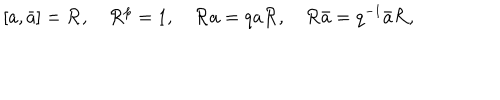
[ a , \bar { a } ] = { \cal R } , \quad { \cal R } ^ { p } = 1 , \quad { \cal R } a = q a { \cal R } , \quad { \cal R } \bar { a } = q ^ { - 1 } \bar { a } { \cal R } ,